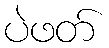
ပဲဖတ်